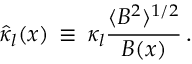
\hat { \kappa } _ { l } ( \boldsymbol { x } ) \, \equiv \, \kappa _ { l } \frac { \langle B ^ { 2 } \rangle ^ { 1 / 2 } } { B ( \boldsymbol { x } ) } \, .